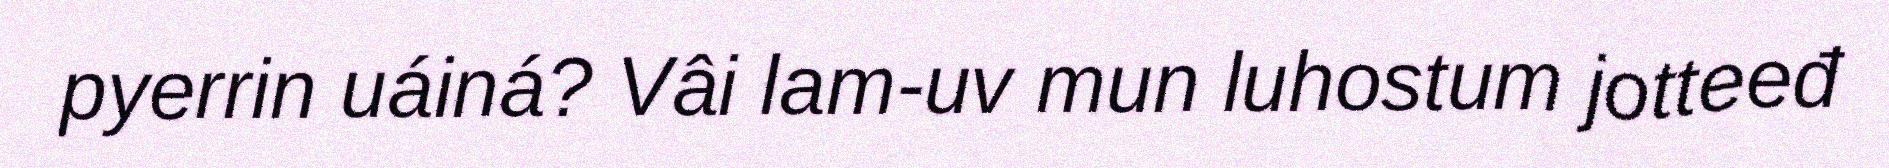
pyerrin uáiná? Vâi lam-uv mun luhostum jotteeđ